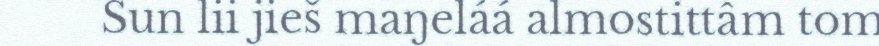
Sun lii jieš maŋeláá almostittâm tom